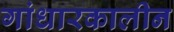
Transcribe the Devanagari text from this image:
गांधारकालीन